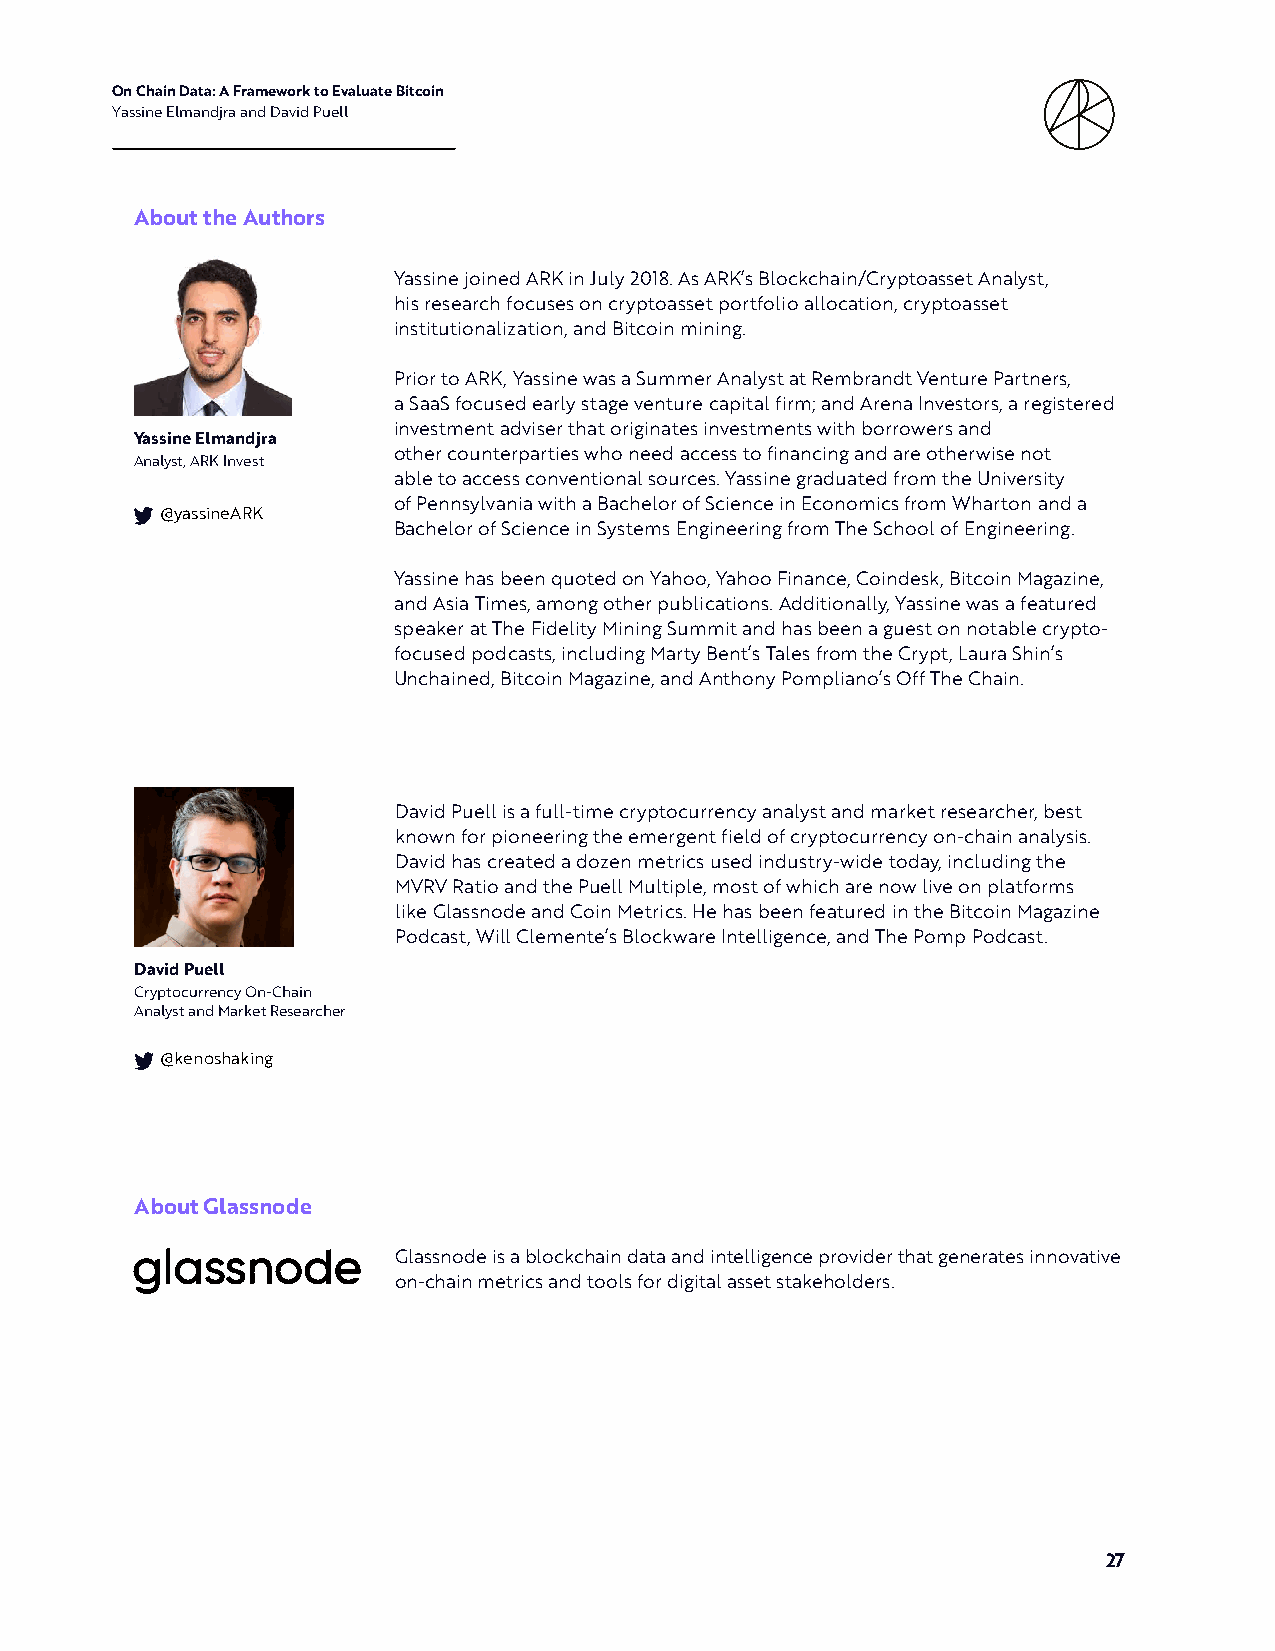
On Chain Data: A Framework to Evaluate Bitcoin
 Yassine Elmandjra and David Puell
 About the Authors
 Yassine joined ARK in July 2018. As ARK’s Blockchain/Cryptoasset Analyst,
 his research focuses on cryptoasset portfolio allocation, cryptoasset
 institutionalization, and Bitcoin mining.
 Prior to ARK, Yassine was a Summer Analyst at Rembrandt Venture Partners,
 a SaaS focused early stage venture capital firm; and Arena Investors, a registered
 investment adviser that originates investments with borrowers and
 Yassine Elmandjra
 other counterparties who need access to financing and are otherwise not
 Analyst, ARK Invest
 able to access conventional sources. Yassine graduated from the University
 of Pennsylvania with a Bachelor of Science in Economics from Wharton and a
 @yassineARK
 Bachelor of Science in Systems Engineering from The School of Engineering.
 Yassine has been quoted on Yahoo, Yahoo Finance, Coindesk, Bitcoin Magazine,
 and Asia Times, among other publications. Additionally, Yassine was a featured
 speaker at The Fidelity Mining Summit and has been a guest on notable crypto-
 focused podcasts, including Marty Bent’s Tales from the Crypt, Laura Shin’s
 Unchained, Bitcoin Magazine, and Anthony Pompliano’s Off The Chain.
 David Puell is a full-time cryptocurrency analyst and market researcher, best
 known for pioneering the emergent field of cryptocurrency on-chain analysis.
 David has created a dozen metrics used industry-wide today, including the
 MVRV Ratio and the Puell Multiple, most of which are now live on platforms
 like Glassnode and Coin Metrics. He has been featured in the Bitcoin Magazine
 Podcast, Will Clemente’s Blockware Intelligence, and The Pomp Podcast.
 David Puell
 Cryptocurrency On-Chain
 Analyst and Market Researcher
 @kenoshaking
 About Glassnode
 Glassnode is a blockchain data and intelligence provider that generates innovative
 on-chain metrics and tools for digital asset stakeholders.
 27